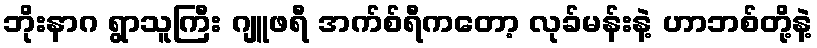
ဘိုးနာဂ ရွာသူကြီး ဂျူဖရီ အက်စ်ရီကတော့ လုခ်မန်းနဲ့ ဟာဘစ်တို့နဲ့